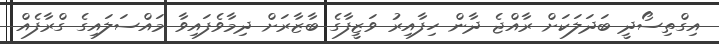
އިގްތިސޯދީ ބަދަލަކަށް ރާއްޖެ ދާން ހިފާއިރު ވަޒީފާގެ ބާޒާރަށް ދިމާވެފައިވާ މައްސަލައިގެ ގްރާފެއް